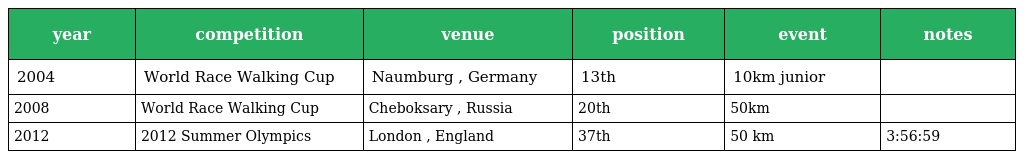
| year | competition | venue | position | event | notes |
 | --- | --- | --- | --- | --- | --- |
 | 2004 | World Race Walking Cup | Naumburg , Germany | 13th | 10km junior |  |
 | 2008 | World Race Walking Cup | Cheboksary , Russia | 20th | 50km |  |
 | 2012 | 2012 Summer Olympics | London , England | 37th | 50 km | 3:56:59 |